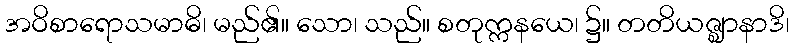
အဝိစာရောသမာဓိ၊ မည်၏။ သော၊ သည်။ စတုက္ကနယေ၊ ၌။ တတိယဇ္ဈာနာဒိ၊